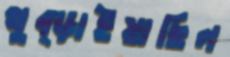
থুব্‌ড়াইয়াছিল